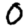
Digit: 0